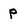
Character: P